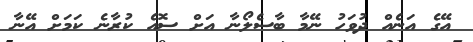
އޭގެ އަނެއް ދުވަހު ނޭމާ ބާސެލޯނާ އަށް ސޮއެ ކުރާނެ ކަމަށް އޭނާ